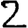
Digit: 2